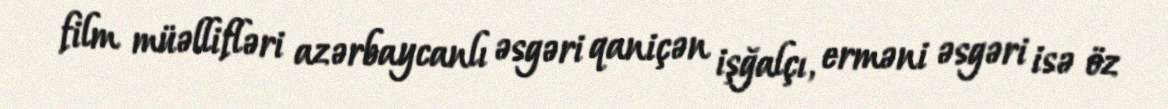
film müəllifləri azərbaycanlı əsgəri qaniçən işğalçı, erməni əsgəri isə öz